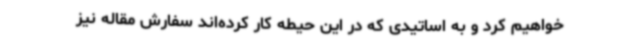
خواهیم کرد و به اساتیدی که در این حیطه کار کرده‌اند سفارش مقاله نیز